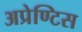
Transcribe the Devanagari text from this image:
अप्रेण्टिस